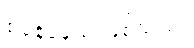
စနေနေ့ည ဖြစ်သည်။